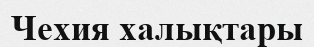
Чехия халықтары